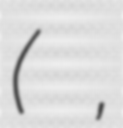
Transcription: (山田 誠也,